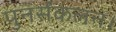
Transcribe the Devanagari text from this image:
पुनर्संकलन।